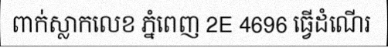
ពាក់ស្លាកលេខ ភ្នំពេញ 2E 4696 ធ្វើដំណើរ